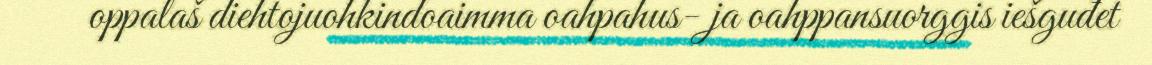
oppalaš diehtojuohkindoaimma oahpahus- ja oahppansuorggis iešguđet